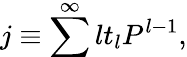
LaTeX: j\equiv\sum^{\infty}lt_{l}P^{l-1},